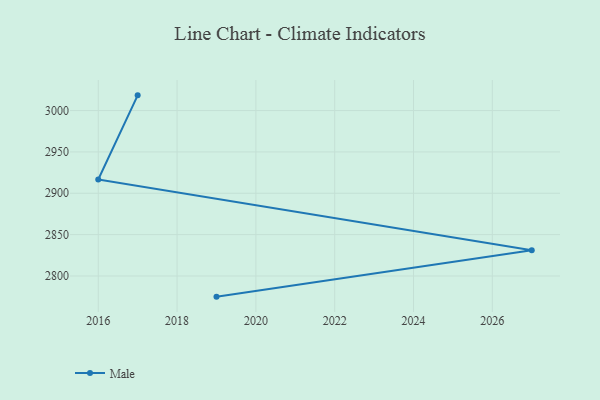
{"axis": {"x": "Year", "y": "Satisfaction Score"}, "legend": ["Male"], "data": [{"x": "2019", "y": 2775.0, "type": "Male"}, {"x": "2027", "y": 2831.0, "type": "Male"}, {"x": "2016", "y": 2916.7, "type": "Male"}, {"x": "2017", "y": 3018.4, "type": "Male"}]}